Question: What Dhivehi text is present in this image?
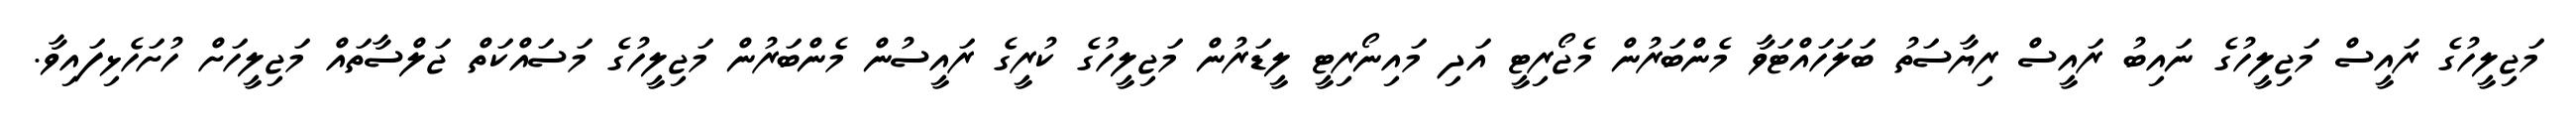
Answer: މަޖިލީހުގެ ރައީސް މަޖިލީހުގެ ނައިބު ރައީސް ރިޔާސަތު ބަލަހައްޓަވާ މެންބަރުން މެޖޯރިޓީ އަދި މައިނޯރިޓީ ލީޑަރުން މަޖިލީހުގެ ކުރީގެ ރައީސުން މެންބަރުން މަޖިލީހުގެ މަސައްކަތް ޖަލްސާތައް މަޖިލީހަށް ހުށަހެޅިފައިވާ.